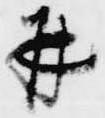
并